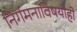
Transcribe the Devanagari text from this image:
निर्गमनाविषयीही